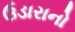
ઉડારાનો